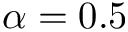
\alpha = 0 . 5